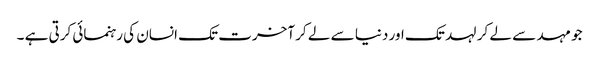
جو مہد سے لے کر لہد تک اور دنیا سے لے کر آخرت تک انسان کی رہنمائی کرتی ہے ۔